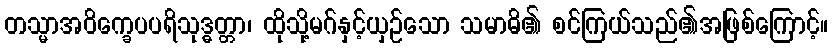
တသ္မာအဝိက္ခေပပရိသုဒ္ဓတ္တာ၊ ထိုသို့မဂ်နှင့်ယှဉ်သော သမာဓိ၏ စင်ကြယ်သည်၏အဖြစ်ကြောင့်။